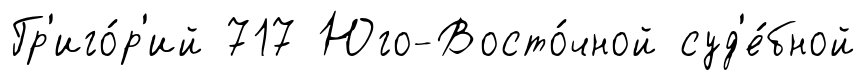
Гр'иго́р'ий 717 Юго-Восто́чной суд'е́бной